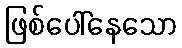
ဖြစ်ပေါ်နေသော